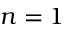
n = 1